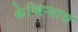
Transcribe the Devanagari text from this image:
केश्विन्यास